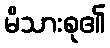
မိသားစု၏